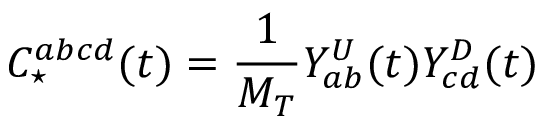
C _ { \star } ^ { a b c d } ( t ) = \frac { 1 } { M _ { T } } Y _ { a b } ^ { U } ( t ) Y _ { c d } ^ { D } ( t )